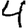
Digit: 4